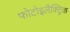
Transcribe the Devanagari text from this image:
फोटोइलैक्ट्रिक